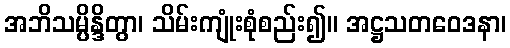
အဘိသမ္ပိန္ဒိတွာ၊ သိမ်းကျုံးစုံစည်း၍။ အဋ္ဌသတဝေဒနာ၊